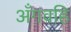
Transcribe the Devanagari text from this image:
अँगवहि